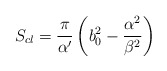
\begin{align*}S_{cl} = \frac{\pi}{\alpha^{\prime}} \left ( b_{0}^{2} -\frac{\alpha^{2}}{\beta^{2}} \right )\end{align*}